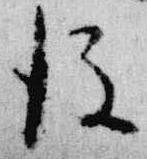
後